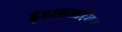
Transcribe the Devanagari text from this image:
हुंडाबळींवर